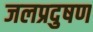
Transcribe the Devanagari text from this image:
जलप्रदुषण